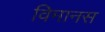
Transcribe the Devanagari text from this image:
विमानस